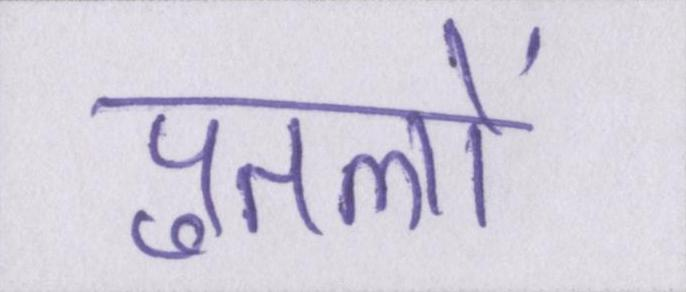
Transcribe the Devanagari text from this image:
पुतलों